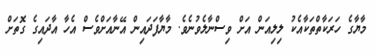
މާޔާގެ ހަރަކާތްތަކާއެކު ލިލިއަން އަށް ވިސްނާލެވުނެވެ. މާޔާފަދައިން އޭނާއަށްވެސް އެހާ އާދައިގެ ގޮތަށް